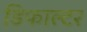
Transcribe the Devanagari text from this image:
डिफाल्टर